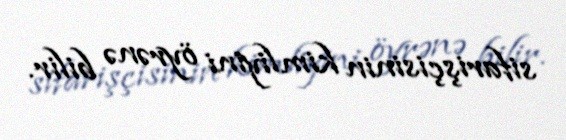
sifarişçisinin kimliyini öyrənə bilir.